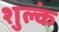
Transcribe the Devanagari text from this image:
शुल्कं